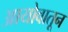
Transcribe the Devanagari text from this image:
आयोवातून